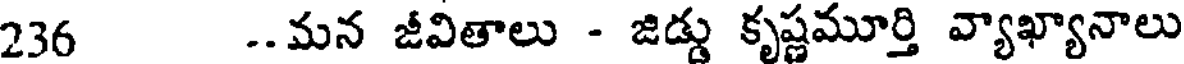
236 ..మన జీవితాలు - జిడ్డు కృష్ణమూర్తి వ్యాఖ్యానాలు